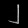
Digit: ၂